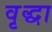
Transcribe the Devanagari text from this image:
वृृद्धा